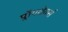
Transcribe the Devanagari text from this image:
प्लॉगशेयर्स